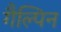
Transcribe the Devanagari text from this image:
गैल्पिन